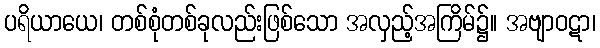
ပရိယာယေ၊ တစ်စုံတစ်ခုလည်းဖြစ်သော အလှည့်အကြိမ်၌။ အဗျာဝဋာ၊